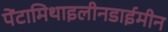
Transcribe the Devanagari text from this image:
पेंटामिथाइलीनडाईमीन